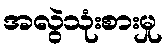
အလွဲသုံးစားမှု